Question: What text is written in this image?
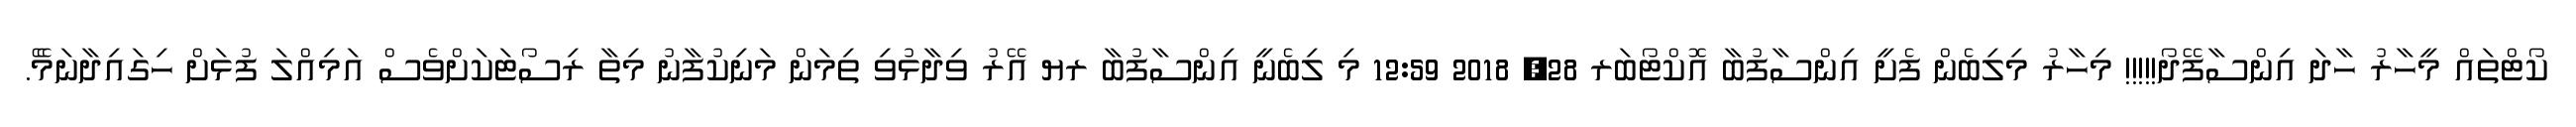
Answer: ކޯޓްތައް މީހާރު ހާދަ އިންސާފޭދޯ!!!!! މިހާރު މިލިބެން ފެށީ އިންސާފުބާ އޮކްޓޯބަރ 28, 2018 12:59 މި ލިބެނީ އިންސާފުބާ ރޔ އޭރު ވިދާޅުވި ތިމަން މަނިކުފާނު މިތާ ރިސޯޓަކަށްވެސް އަމިއްލަ ފުޅަށް ހިގައިދާނަމެޭ.